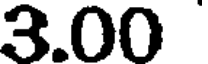
3.00